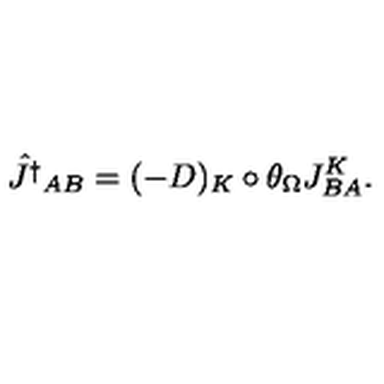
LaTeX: \hat { J ^ { \dagger } } _ { A B } = ( - D ) _ { K } \circ \theta _ { \Omega } J _ { B A } ^ { K } .